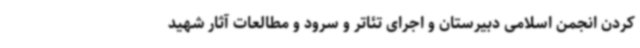
کردن انجمن اسلامی دبیرستان و اجرای تئاتر و سرود و مطالعات آثار شهید